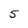
Character: 5